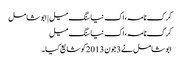
کرک نامہ، اک نیا سنگ میل | ابوشامل
کرک نامہ، اک نیا سنگ میل
ابوشامل نے 3 جون 2013 کو شایع کیا۔